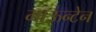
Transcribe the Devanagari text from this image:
माऊन्टेन